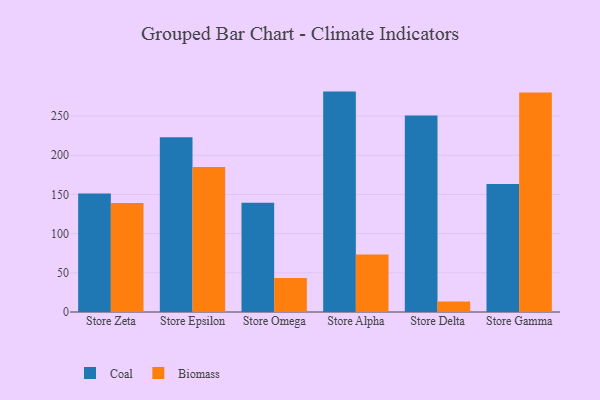
{"axis": {"x": "Store", "y": "Backlog"}, "legend": ["Biomass", "Coal"], "data": [{"x": "Store Zeta", "y": 151.2, "type": "Coal"}, {"x": "Store Zeta", "y": 139.2, "type": "Biomass"}, {"x": "Store Epsilon", "y": 223.1, "type": "Coal"}, {"x": "Store Epsilon", "y": 185.1, "type": "Biomass"}, {"x": "Store Omega", "y": 139.3, "type": "Coal"}, {"x": "Store Omega", "y": 43.4, "type": "Biomass"}, {"x": "Store Alpha", "y": 281.2, "type": "Coal"}, {"x": "Store Alpha", "y": 73.5, "type": "Biomass"}, {"x": "Store Delta", "y": 250.6, "type": "Coal"}, {"x": "Store Delta", "y": 13.3, "type": "Biomass"}, {"x": "Store Gamma", "y": 163.4, "type": "Coal"}, {"x": "Store Gamma", "y": 280.1, "type": "Biomass"}]}